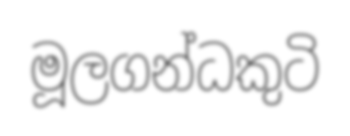
මූලගන්ධකුටි